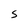
Character: S